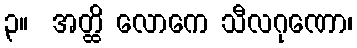
၃။  အတ္ထိ လောကေ သီလဂုဏော၊